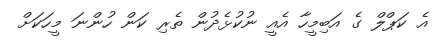
އެ ކަޕްލް ގެ އަބިމީހާ އެއީ ނުކުޅެދުން ތެރި ކަން ހުންނަ މީހަކަށް